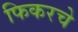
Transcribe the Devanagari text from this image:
फिकरचे